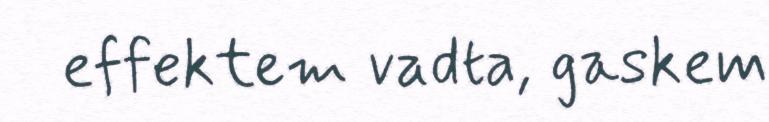
effektem vadta, gaskem